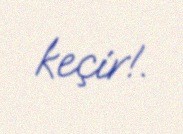
keçir!.